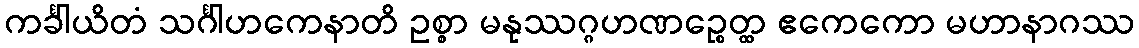
ကင်္ခါယိတံ သင်္ဂါဟကေနာတိ ဥစ္စာ မနုဿဂ္ဂဟဏဉ္စေတ္ထ ဧကေကော မဟာနာဂဿ